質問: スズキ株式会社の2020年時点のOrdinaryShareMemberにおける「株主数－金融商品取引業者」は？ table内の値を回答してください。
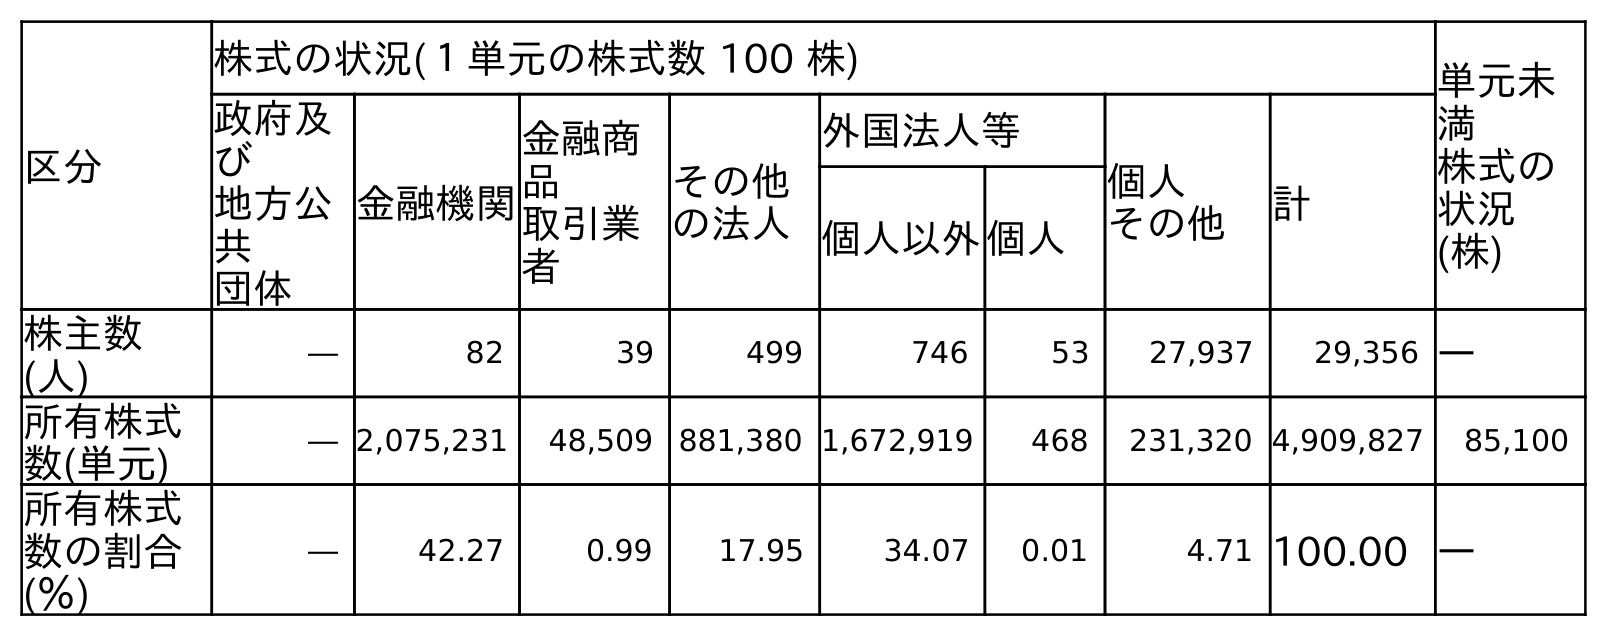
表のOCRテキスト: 区分 株式の状況(１単元の株式数 100 株) 単元未 満 株式の 状況 (株) 政府及 び 地方公 共 団体 金融機関 金融商 品 取引業 者 その他 の法人 外国法人等 個人 その他 計 個人以外個人 株主数 (人) ― 82 39 499 746 53 27,937 29,356 ― 所有株式 数(単元) ― 2,075,231 48,509 881,380 1,672,919 468 231,320 4,909,827 85,100 所有株式 数の割合 (％) ― 42.27 0.99 17.95 34.07 0.01 4.71 100.00 ―
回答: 39